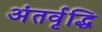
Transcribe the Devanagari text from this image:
अंतर्वृद्धि